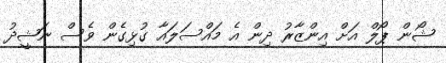
ޝޯން ޕޯލް އަށް އިންޒާރު ދިން އެ މައްސަލައާ ގުޅިގެން ވެސް ނަޝީދު